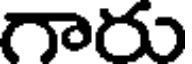
గారు